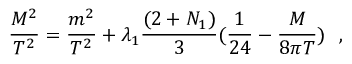
\frac { M ^ { 2 } } { T ^ { 2 } } = \frac { m ^ { 2 } } { T ^ { 2 } } + \lambda _ { 1 } \frac { ( 2 + N _ { 1 } ) } { 3 } ( \frac { 1 } { 2 4 } - \frac { M } { 8 \pi T } ) ~ ~ ,